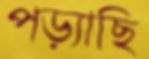
পড়্যাছি